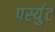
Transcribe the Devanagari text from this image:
पर्स्युट